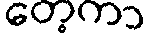
တေ့ကာ